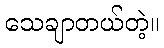
သေချာတယ်တဲ့။